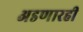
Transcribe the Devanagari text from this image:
अडणारही